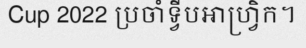
Cup 2022 ប្រចាំទ្វីបអាហ្វ្រិក។